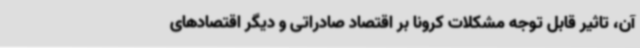
آن، تاثیر قابل توجه مشکلات کرونا بر اقتصاد صادراتی و دیگر اقتصادهای